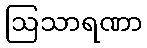
ဩသာရဏာ